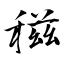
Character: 稵